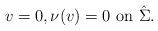
LaTeX: \begin{align*} v=0, \nu(v)=0 \mbox{ on }\hat \Sigma. \end{align*}